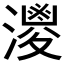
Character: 𱩗